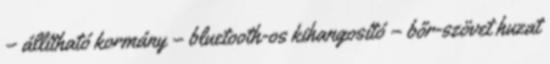
– állítható kormány – bluetooth-os kihangosító – bőr-szövet huzat